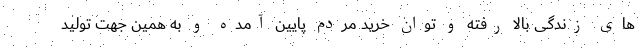
های زندگی بالا رفته و توان خرید مردم پایین آمده و به همین جهت تولید